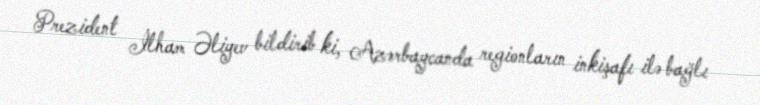
Prezident İlham Əliyev bildirib ki, Azərbaycanda regionların inkişafı ilə bağlı